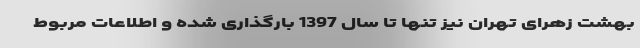
بهشت زهرای تهران نیز تنها تا سال 1397 بارگذاری شده و اطلاعات مربوط